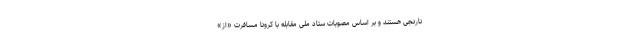
نارنجی هستند و بر اساس مصوبات ستاد ملی مقابله با کرونا مسافرت «از»